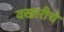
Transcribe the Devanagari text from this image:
वखारीचे